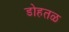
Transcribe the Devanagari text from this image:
डोहतळ